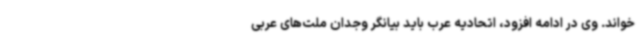
خواند. وی در ادامه افزود، اتحادیه عرب باید بیانگر وجدان ملت‌های عربی